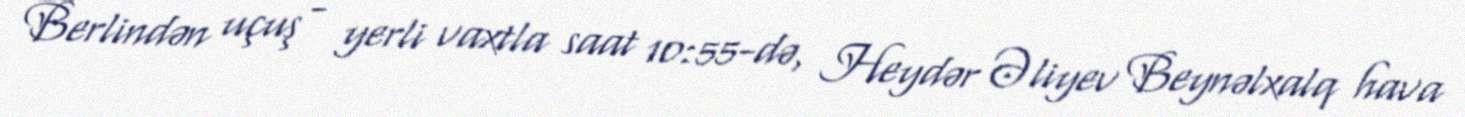
Berlindən uçuş - yerli vaxtla saat 10:55-də, Heydər Əliyev Beynəlxalq hava